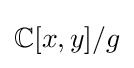
\mathbb {C} [x,y]/g